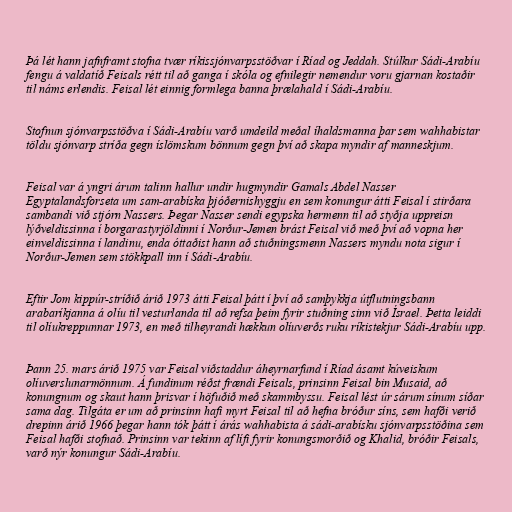
Þá lét hann jafnframt stofna tvær ríkissjónvarpsstöðvar í Ríad og Jeddah. Stúlkur Sádi-Arabíu
fengu á valdatíð Feisals rétt til að ganga í skóla og efnilegir nemendur voru gjarnan kostaðir
til náms erlendis. Feisal lét einnig formlega banna þrælahald í Sádi-Arabíu.

Stofnun sjónvarpsstöðva í Sádi-Arabíu varð umdeild meðal íhaldsmanna þar sem wahhabistar
töldu sjónvarp stríða gegn íslömskum bönnum gegn því að skapa myndir af manneskjum.

Feisal var á yngri árum talinn hallur undir hugmyndir Gamals Abdel Nasser
Egyptalandsforseta um sam-arabíska þjóðernishyggju en sem konungur átti Feisal í stirðara
sambandi við stjórn Nassers. Þegar Nasser sendi egypska hermenn til að styðja uppreisn
lýðveldissinna í borgarastyrjöldinni í Norður-Jemen brást Feisal við með því að vopna her
einveldissinna í landinu, enda óttaðist hann að stuðningsmenn Nassers myndu nota sigur í
Norður-Jemen sem stökkpall inn í Sádi-Arabíu.

Eftir Jom kippúr-stríðið árið 1973 átti Feisal þátt í því að samþykkja útflutningsbann
arabaríkjanna á olíu til vesturlanda til að refsa þeim fyrir stuðning sinn við Ísrael. Þetta leiddi
til olíukreppunnar 1973, en með tilheyrandi hækkun olíuverðs ruku ríkistekjur Sádi-Arabíu upp.

Þann 25. mars árið 1975 var Feisal viðstaddur áheyrnarfund í Ríad ásamt kúveiskum
olíuverslunarmönnum. Á fundinum réðst frændi Feisals, prinsinn Feisal bin Musaid, að
konungnum og skaut hann þrisvar í höfuðið með skammbyssu. Feisal lést úr sárum sínum síðar
sama dag. Tilgáta er um að prinsinn hafi myrt Feisal til að hefna bróður síns, sem hafði verið
drepinn árið 1966 þegar hann tók þátt í árás wahhabista á sádi-arabísku sjónvarpsstöðina sem
Feisal hafði stofnað. Prinsinn var tekinn af lífi fyrir konungsmorðið og Khalid, bróðir Feisals,
varð nýr konungur Sádi-Arabíu.